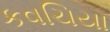
કવચિયા